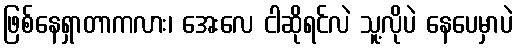
ဖြစ်နေရှာတာကလား၊ အေးလေ ငါဆိုရင်လဲ သူ့လိုပဲ နေပေမှာပဲ